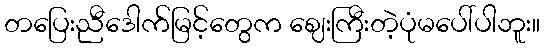
တပြေးညီဒေါက်မြင့်တွေက ဈေးကြီးတဲ့ပုံမပေါ်ပါဘူး။